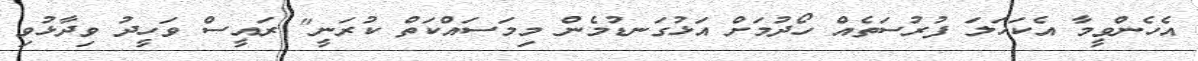
އެހެންވީމާ އެކަހަލަ ފުރުސަތެއް ހޯދުމަށް އަޅުގަނޑުމެން މިމަސައްކަތް ކުރަނީ" ރައީސް ވަހީދު ވިދާޅުވި